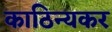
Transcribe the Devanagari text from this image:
काठिन्यकर